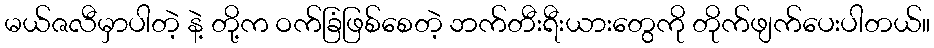
မယ်ဇလီမှာပါတဲ့ နဲ့ တို့က ဝက်ခြံဖြစ်စေတဲ့ ဘက်တီးရီးယားတွေကို တိုက်ဖျက်ပေးပါတယ်။